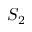
S _ { 2 }